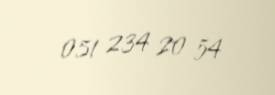
051 234 20 54